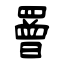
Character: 罾